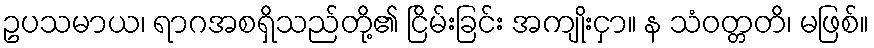
ဥပသမာယ၊ ရာဂအစရှိသည်တို့၏ ငြိမ်းခြင်း အကျိုးငှာ။ န သံဝတ္တတိ၊ မဖြစ်။